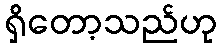
ရှိတော့သည်ဟု